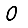
Digit: 0